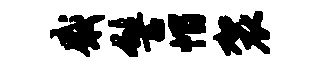
感髻帽袈